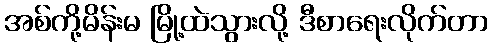
အစ်ကို့မိန်းမ မြို့ထဲသွားလို့ ဒီစာရေးလိုက်တာ